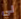
لي